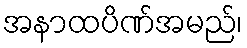
အနာထပိဏ်အမည်၊